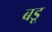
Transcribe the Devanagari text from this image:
बडू